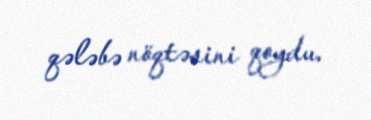
qələbə nöqtəsini qoydu.